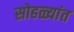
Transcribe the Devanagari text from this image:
सोहळ्यांत